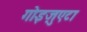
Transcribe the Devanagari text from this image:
गोइज़ुएटा